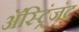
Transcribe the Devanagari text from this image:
अॅस्ट्रिंजंट